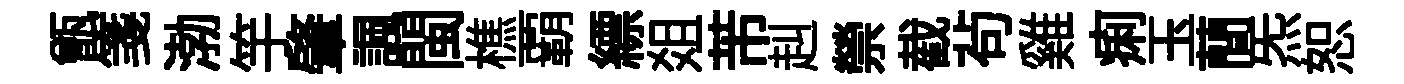
甑箋渤竽肇諷閩樵覇縹爼芾赳禜截茍雞痢玉蕳炁恕